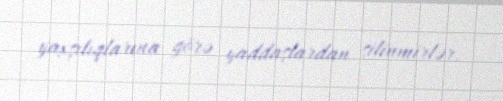
yaxşılıqlarına görə yaddaşlardan silinmirlər.